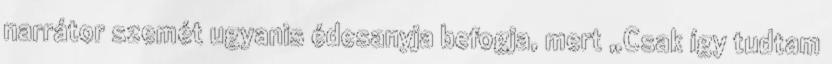
narrátor szemét ugyanis édesanyja befogja, mert „Csak így tudtam